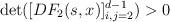
LaTeX: \begin{align*} \det( [DF_2(s,x)]_{i, j = 2}^{d-1}) > 0 \end{align*}